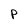
Character: p